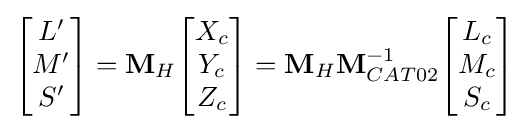
{\begin{bmatrix}L'\\M'\\S'\end{bmatrix}}=\mathbf {M} _{H}{\begin{bmatrix}X_{c}\\Y_{c}\\Z_{c}\end{bmatrix}}=\mathbf {M} _{H}\mathbf {M} _{CAT02}^{-1}{\begin{bmatrix}L_{c}\\M_{c}\\S_{c}\end{bmatrix}}